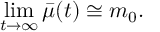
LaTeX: \operatorname * { l i m } _ { t \rightarrow \infty } \bar { \mu } ( t ) \cong m _ { 0 } .